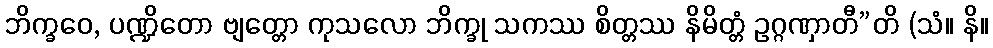
ဘိက္ခဝေ, ပဏ္ဍိတော ဗျတ္တော ကုသလော ဘိက္ခု သကဿ စိတ္တဿ နိမိတ္တံ ဥဂ္ဂဏှာတီ”တိ (သံ။ နိ။